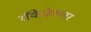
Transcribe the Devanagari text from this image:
रॉकेफेल्लर